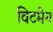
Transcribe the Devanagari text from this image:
विटमेन